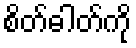
စိတ်ဓါတ်ကို